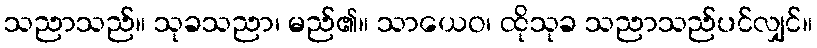
သညာသည်။ သုခသညာ၊ မည်၏။ သာယေဝ၊ ထိုသုခ သညာသည်ပင်လျှင်။